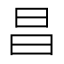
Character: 昌